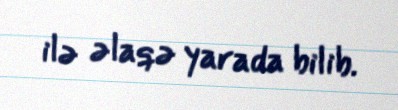
ilə əlaqə yarada bilib.